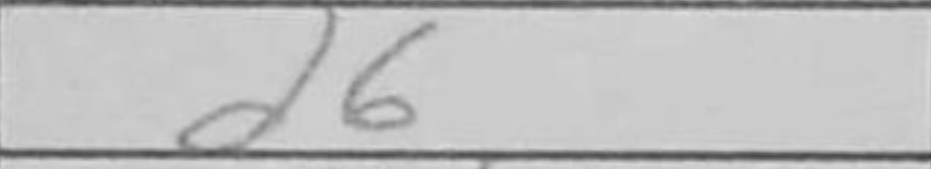
Transcription: d6